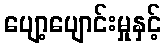
ပျော့ပျောင်းမှုနှင့်